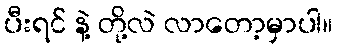
ပီးရင် နဲ့ တို့လဲ လာတော့မှာပါ။